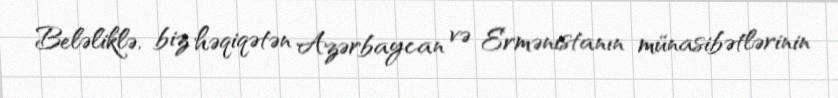
Beləliklə, biz həqiqətən Azərbaycan və Ermənistanın münasibətlərinin